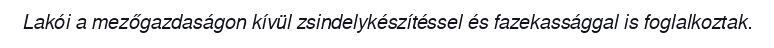
Lakói a mezőgazdaságon kívül zsindelykészítéssel és fazekassággal is foglalkoztak.